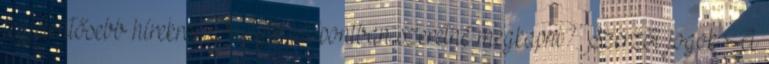
legjelentősebb hírekről. Melyik időpontban szeretné megkapni? Szerzői jogok A